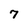
Character: 7